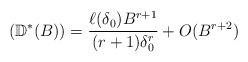
LaTeX: \begin{align*}(\mathbb{D}^\ast (B)) = \frac{\ell(\delta_0) B^{r+1}}{(r+1) \delta_0^r} + O(B^{r+2}) \end{align*}